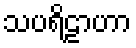
သပရိဠာဟာ